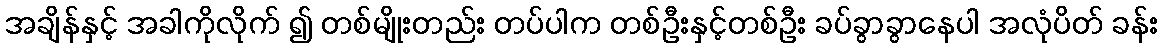
အချိန်နှင့် အခါကိုလိုက် ၍ တစ်မျိုးတည်း တပ်ပါက တစ်ဦးနှင့်တစ်ဦး ခပ်ခွာခွာနေပါ အလုံပိတ် ခန်း